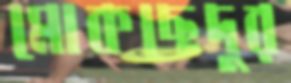
মোকছেদুর